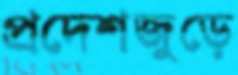
প্রদেশজুড়ে